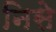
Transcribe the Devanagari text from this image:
निसे